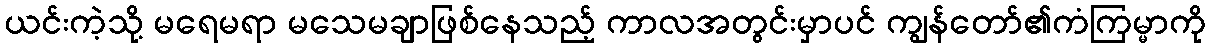
ယင်းကဲ့သို့ မရေမရာ မသေမချာဖြစ်နေသည့် ကာလအတွင်းမှာပင် ကျွန်တော်၏ကံကြမ္မာကို